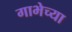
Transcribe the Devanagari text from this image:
गाभेच्या